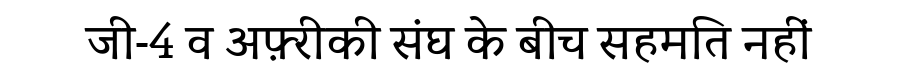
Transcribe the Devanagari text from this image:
जी-4 व अफ़्रीकी संघ के बीच सहमति नहीं